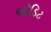
ઑડિટ